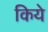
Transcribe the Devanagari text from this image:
किये